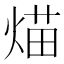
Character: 𤋙